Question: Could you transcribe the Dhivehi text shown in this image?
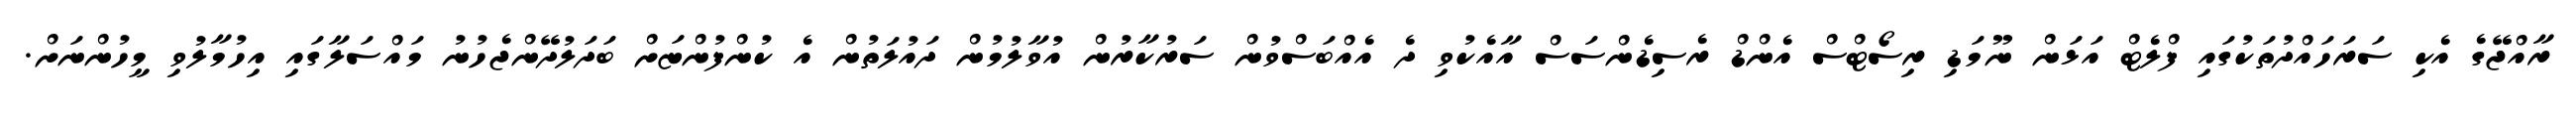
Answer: ރާއްޖޭގެ އެކި ސަރަހައްދުތަކުގައި ފްލެޓް އަޅަން ނޫމަޑި ރިސޯޓްސް އެންޑް ރެސިޑެންސަސް އާއެކުވި ދެ އެއްބަސްވުން ސަރުކާރުން އުވާލުމުން ދައުލަތުން އެ ކުންފުންޏަށް ބަދަލުދޭންޖެހުނު މައްސަލާގައި އިހުމާލުވި މީހުންނަށް.